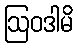
ဩဝဒါမိ